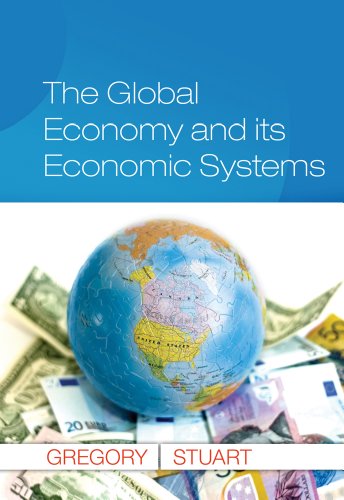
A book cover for The Global Economy and Its Economic Systems (Upper Level Economics Titles); Paul R. Gregory; Business & Money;